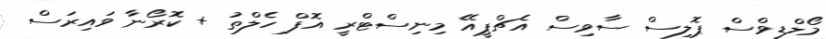
މޯލްޑިވްސް ޕޮލިސް ސާވިސް އެޗްޕީއޭ މިނިސްޓްރީ އޮފް ހެލްތު + ކޮރޯނާ ވައިރަސް